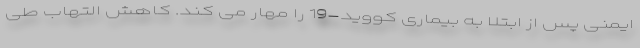
ایمنی پس از ابتلا به بیماری کووید-19 را مهار می کند. کاهش التهاب طی